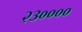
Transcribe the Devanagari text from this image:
२३००००